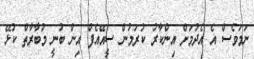
ނަމަވެސް އެ އެދުމަށް އިންކާރު ކުރަމުން ސީއޭއެފް އިން ބުނީ މުބާރާތް ކުޅޭ